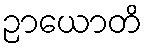
ဉာယောတိ